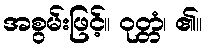
အစွမ်းဖြင့်။ ဝုတ္တံ၊ ၏။